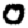
Digit: 0